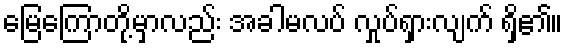
မြေကြောတို့မှာလည်း အခါမလပ် လှုပ်ရှားလျက် ရှိ၏။